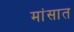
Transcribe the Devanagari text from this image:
मांसात